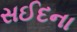
સઈદના